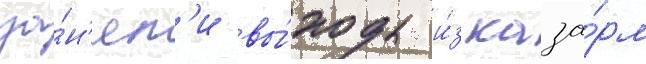
за́н'ял'и вы́ходы и́з каза́рм